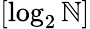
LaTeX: [\log_{2}\mathbb{N}]